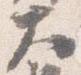
大